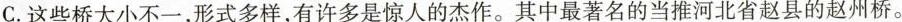
C.这些桥大小不一，形式多样，有许多是惊人的杰作。\underset{·}{其}\underset{·}{中}最著名的当推河北省赵县的赵州桥。